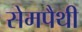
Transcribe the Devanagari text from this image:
सेमपैथी